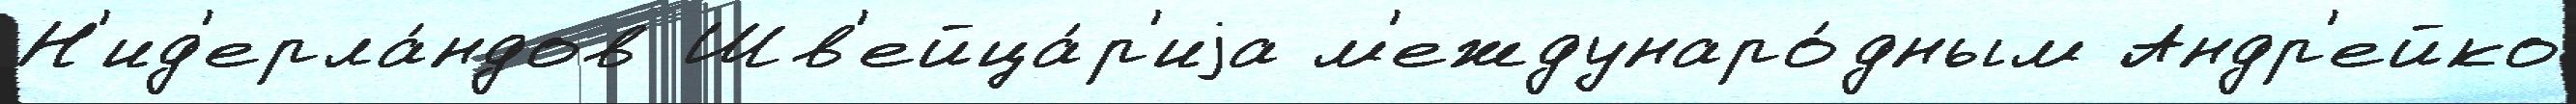
Н'ид'ерла́ндов Шв'ейца́р'иjа м'еждунаро́дным Андр'ейко